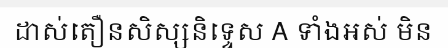
ដាស់តឿនសិស្សនិទ្ទេស A ទាំងអស់ មិន